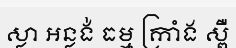
ស្លា អន្លង់ ធម្ម ក្រាំង ស្ពឺ